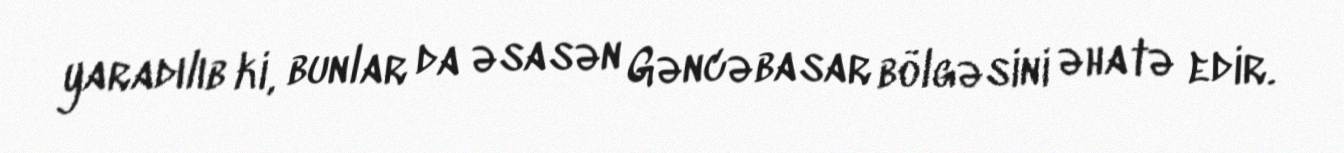
yaradılıb ki, bunlar da əsasən Gəncəbasar bölgəsini əhatə edir.